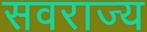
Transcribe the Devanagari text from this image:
सवराज्य